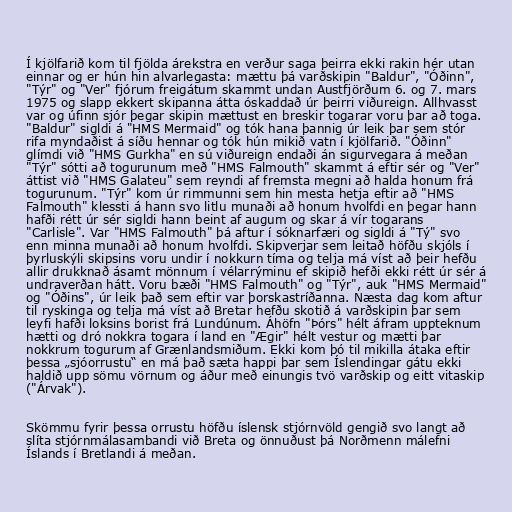
Í kjölfarið kom til fjölda árekstra en verður saga þeirra ekki rakin hér utan
einnar og er hún hin alvarlegasta: mættu þá varðskipin "Baldur", "Óðinn",
"Týr" og "Ver" fjórum freigátum skammt undan Austfjörðum 6. og 7. mars
1975 og slapp ekkert skipanna átta óskaddað úr þeirri viðureign. Allhvasst
var og úfinn sjór þegar skipin mættust en breskir togarar voru þar að toga.
"Baldur" sigldi á "HMS Mermaid" og tók hana þannig úr leik þar sem stór
rifa myndaðist á síðu hennar og tók hún mikið vatn í kjölfarið. "Óðinn"
glímdi við "HMS Gurkha" en sú viðureign endaði án sigurvegara á meðan
"Týr" sótti að togurunum með "HMS Falmouth" skammt á eftir sér og "Ver"
áttist við "HMS Galateu" sem reyndi af fremsta megni að halda honum frá
togurunum. "Týr" kom úr rimmunni sem hin mesta hetja eftir að "HMS
Falmouth" klessti á hann svo litlu munaði að honum hvolfdi en þegar hann
hafði rétt úr sér sigldi hann beint af augum og skar á vír togarans
"Carlisle". Var "HMS Falmouth" þá aftur í sóknarfæri og sigldi á "Tý" svo
enn minna munaði að honum hvolfdi. Skipverjar sem leitað höfðu skjóls í
þyrluskýli skipsins voru undir í nokkurn tíma og telja má víst að þeir hefðu
allir drukknað ásamt mönnum í vélarrýminu ef skipið hefði ekki rétt úr sér á
undraverðan hátt. Voru bæði "HMS Falmouth" og "Týr", auk "HMS Mermaid"
og "Óðins", úr leik það sem eftir var þorskastríðanna. Næsta dag kom aftur
til ryskinga og telja má víst að Bretar hefðu skotið á varðskipin þar sem
leyfi hafði loksins borist frá Lundúnum. Áhöfn "Þórs" hélt áfram uppteknum
hætti og dró nokkra togara í land en "Ægir" hélt vestur og mætti þar
nokkrum togurum af Grænlandsmiðum. Ekki kom þó til mikilla átaka eftir
þessa „sjóorrustu“ en má það sæta happi þar sem Íslendingar gátu ekki
haldið upp sömu vörnum og áður með einungis tvö varðskip og eitt vitaskip
("Árvak").

Skömmu fyrir þessa orrustu höfðu íslensk stjórnvöld gengið svo langt að
slíta stjórnmálasambandi við Breta og önnuðust þá Norðmenn málefni
Íslands í Bretlandi á meðan.